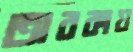
তারকায়